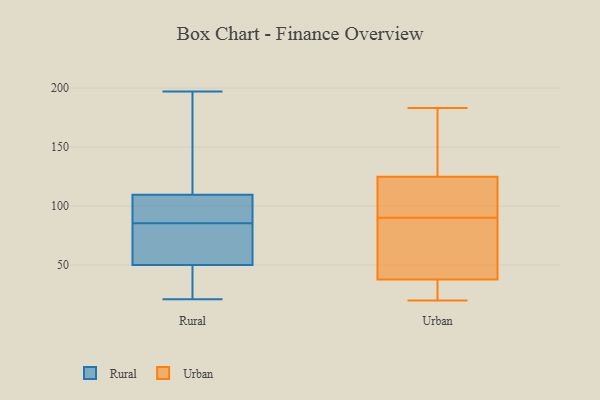
{"axis": {"x": "Headcount", "y": "Value"}, "legend": ["Rural", "Urban"], "data": [{"x": "", "y": 100, "type": "Rural"}, {"x": "", "y": 80, "type": "Rural"}, {"x": "", "y": 55, "type": "Rural"}, {"x": "", "y": 53, "type": "Rural"}, {"x": "", "y": 197, "type": "Rural"}, {"x": "", "y": 42, "type": "Rural"}, {"x": "", "y": 42, "type": "Rural"}, {"x": "", "y": 105, "type": "Rural"}, {"x": "", "y": 91, "type": "Rural"}, {"x": "", "y": 21, "type": "Rural"}, {"x": "", "y": 114, "type": "Rural"}, {"x": "", "y": 145, "type": "Rural"}, {"x": "", "y": 92, "type": "Rural"}, {"x": "", "y": 67, "type": "Rural"}, {"x": "", "y": 186, "type": "Rural"}, {"x": "", "y": 47, "type": "Rural"}, {"x": "", "y": 106, "type": "Urban"}, {"x": "", "y": 20, "type": "Urban"}, {"x": "", "y": 76, "type": "Urban"}, {"x": "", "y": 90, "type": "Urban"}, {"x": "", "y": 78, "type": "Urban"}, {"x": "", "y": 23, "type": "Urban"}, {"x": "", "y": 183, "type": "Urban"}, {"x": "", "y": 172, "type": "Urban"}, {"x": "", "y": 25, "type": "Urban"}, {"x": "", "y": 109, "type": "Urban"}, {"x": "", "y": 130, "type": "Urban"}]}